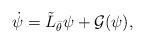
LaTeX: \begin{align*} \dot{\psi} = \tilde{L}_{\bar{\theta}}\psi + \mathcal{G}(\psi),\end{align*}